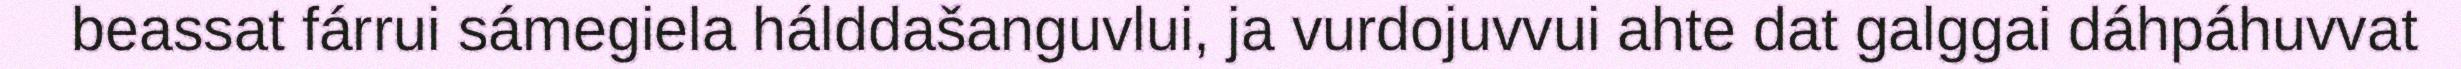
beassat fárrui sámegiela hálddašanguvlui, ja vurdojuvvui ahte dat galggai dáhpáhuvvat